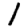
Digit: 1